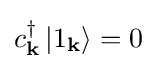
c_{\mathbf {k} }^{\dagger }\left|1_{\mathbf {k} }\right\rangle =0